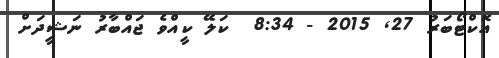
އޮކްޓޯބަރު 27